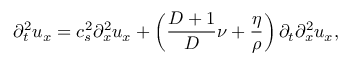
\partial _ { t } ^ { 2 } u _ { x } = c _ { s } ^ { 2 } \partial _ { x } ^ { 2 } u _ { x } + \left( \frac { D + 1 } { D } \nu + \frac { \eta } { \rho } \right) \partial _ { t } \partial _ { x } ^ { 2 } u _ { x } ,